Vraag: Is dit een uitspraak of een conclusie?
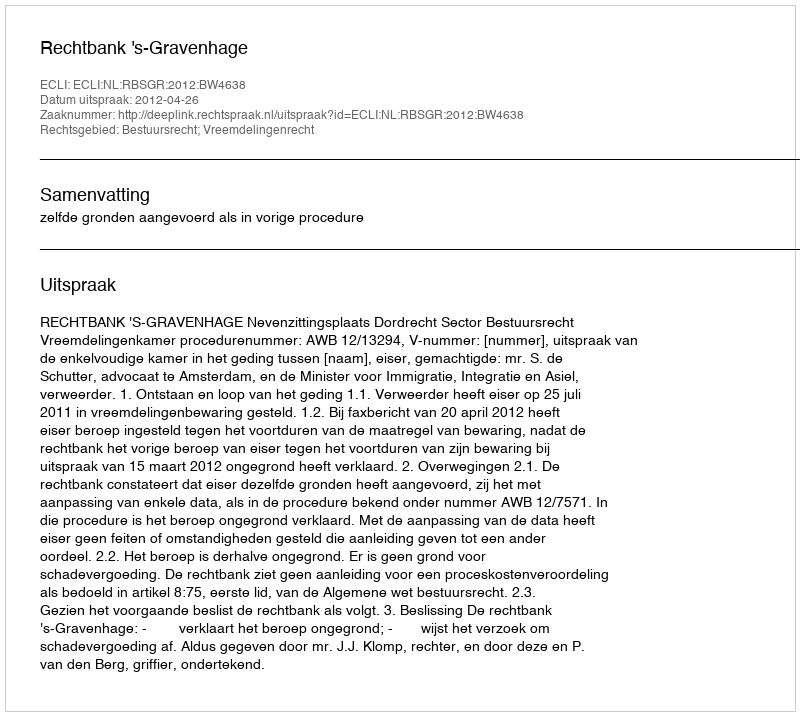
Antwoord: Uitspraak